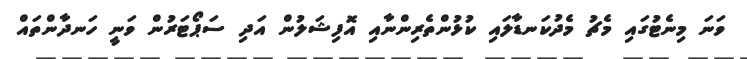
ވަނަ މިނެޓުގައި މެޗު މެދުކަނޑާލައި ކުޅުންތެރިންނާއި އޮފިޝަލުން އަދި ސަޕޯޓަރުން ވަނީ ހަނދާންތައް